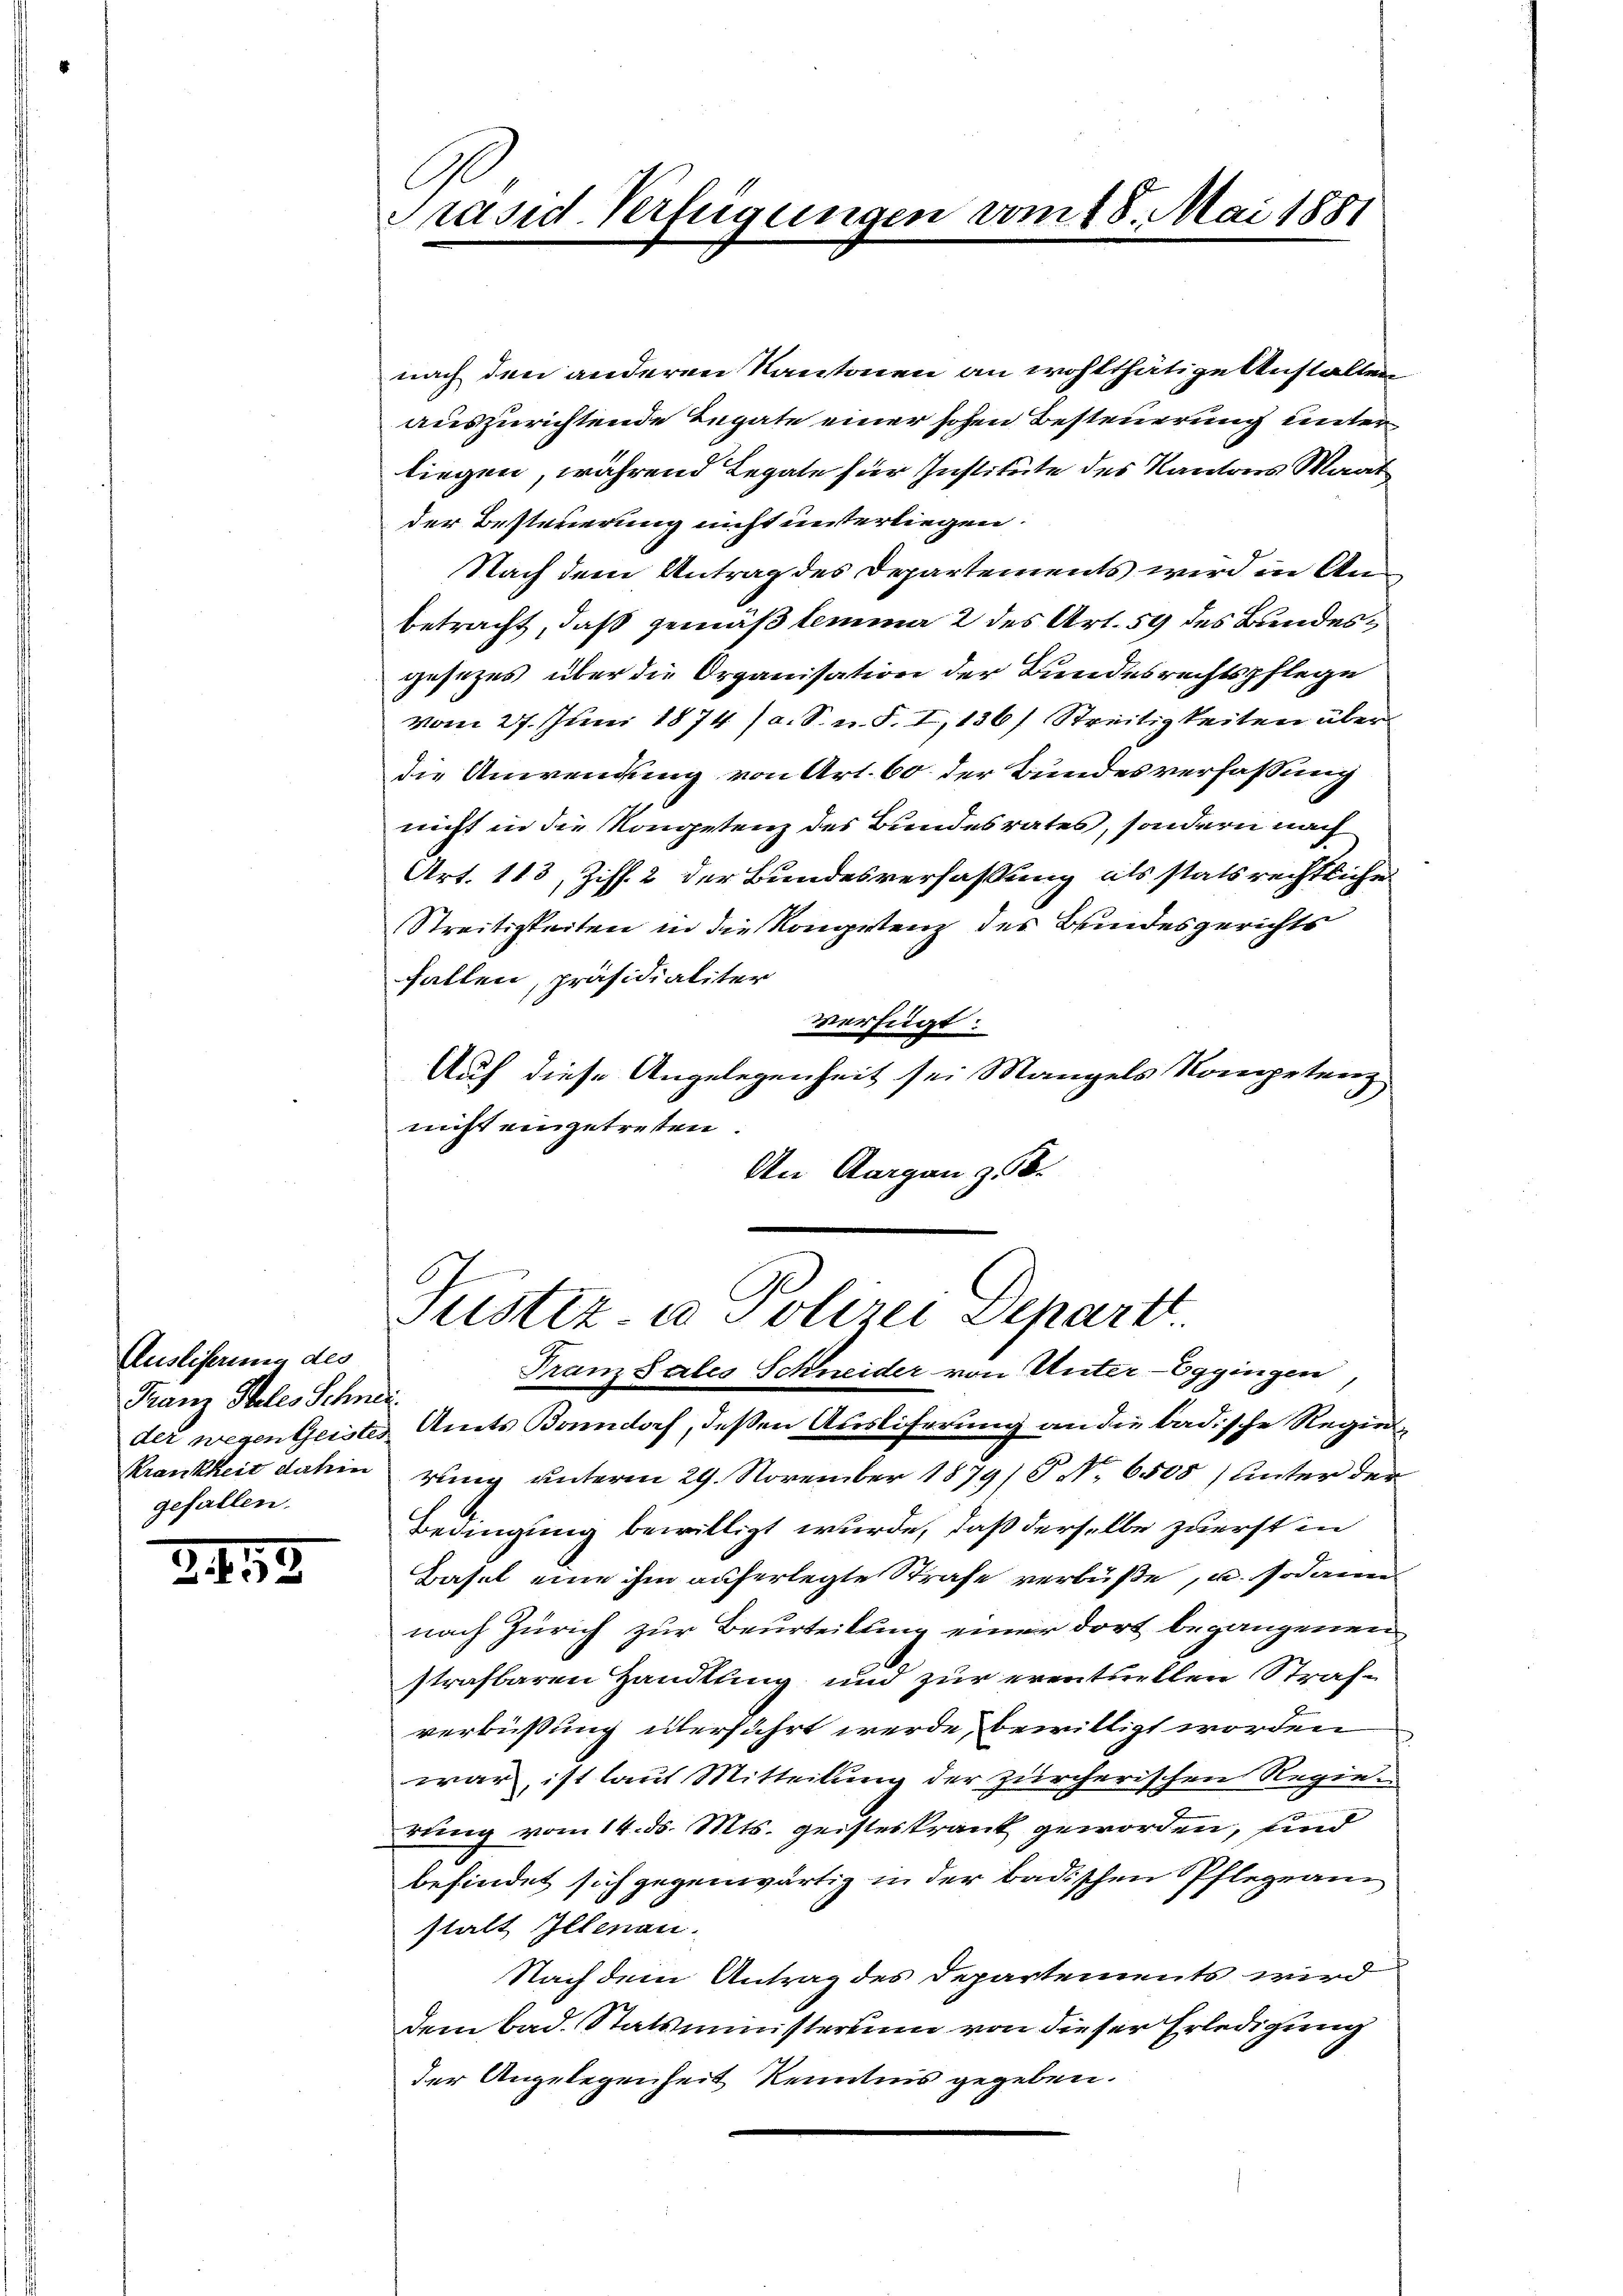
Ausliserung des
Franz Steles Schneigefallen.

2472

Präsid. Verfügungen

nach den anderen Kantonen an wohlthätige Anstalten
auszurichtende Legate einer hohen Besteuerung unter
liegen, während Legate für Institute des Kantons Maat
der Besterierung nicht unterliegen.
Nach dem Antrag des Departements wird in Anbetracht, daß gemäß lemma 2 des Art. 59 des Bundesgesezes über die Organisation der Bundesrechtspflege
vom 27. Juni 1874 (a. S. u. S. I, 136) Streitigkeiten über
die Anwendung von Art. 60 der Bundesverfassung
nicht in die Kongetenz des Bundesrates, sondern nach
Art. 113, Ziff. 2 der Bundesverfassung als statsrechtliche
Streitigkeiten in die Kongstenz des Bundesgerichts
fallen, präsidialiter
verfügt:
Auf diese Angelegenheit sei Mangels Kompetenz
nicht eingetreten.
An Aargau z 56.

vom 18. Mai 1881

Justiz- u Polizei Departt.
Franz Sales Schneider von Unter-Eggingen,

der wegen Geistes Amts Bonndorf, deßen Auslieferung an die badische Regie¬
Krankheit dahin rung unterm 29. November 1879/ P. Nr. 6508) unter der
Bedingung bewilligt wurde, daß derselbe zuerst in
Basel eine ihm auferlegte Strafe verbüße, u. sodann
nach Zürich zur Beurteilung einer dort begangenen
strafbaren Handlung und zur eventuellen Strafverbüßung überführt werde, bewilligt worden
war, ist laut Mitteilung der zürcherischen Regierung vom 14. d. Mts. geisteskrank geworden, und
befindet sich gegenwärtig in der badischen Pflegean
stalt Illenau.
Nach dem Antrag des Departements wird
dem bad. Statsministerium von dieser Erledigung
der Angelegenheit Kenntnis gegeben.